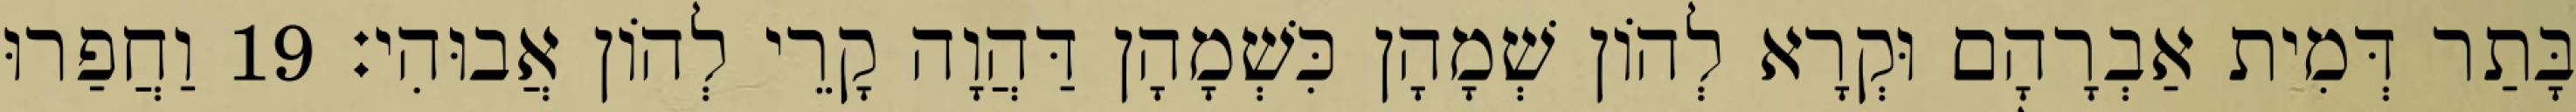
בָּתַר דְּמִית אַבְרָהָם וּקְרָא לְהוֹן שְׁמָהָן כִּשְׁמָהָן דַּהֲוָה קָרֵי לְהוֹן אֲבוּהִי׃ 19 וַחֲפַרוּ